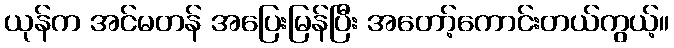
ယုန်က အင်မတန် အပြေးမြန်ပြီး အတော့်ကောင်းတယ်ကွယ့်။